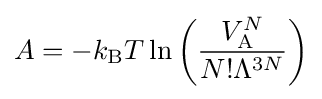
A=-k_{\mathrm {B} }T\ln {\bigg (}{\frac {V_{\mathrm {A} }^{N}}{N!\Lambda ^{3N}}}{\bigg )}